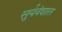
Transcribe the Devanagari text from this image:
सुर्यवंशात